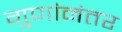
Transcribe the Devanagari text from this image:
गुणांनंतर